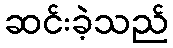
ဆင်းခဲ့သည်